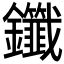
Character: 𫓤